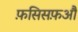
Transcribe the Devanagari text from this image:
फ़सिसफ़औ